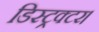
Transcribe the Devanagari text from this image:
डिस्ट्रक्टर।